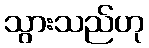
သွားသည်ဟု